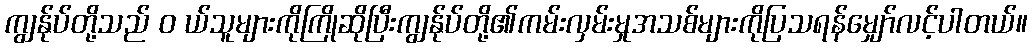
ကျွန်ုပ်တို့သည် ၀ ယ်သူများကိုကြိုဆိုပြီးကျွန်ုပ်တို့၏ကမ်းလှမ်းမှုအသစ်များကိုပြသရန်မျှော်လင့်ပါတယ်။